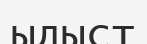
ыдыст